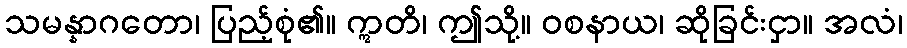
သမန္နာဂတော၊ ပြည့်စုံ၏။ ဣတိ၊ ဤသို့။ ဝစနာယ၊ ဆိုခြင်းငှာ။ အလံ၊